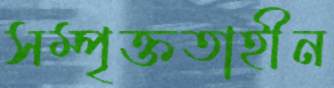
সম্পৃক্ততাহীন